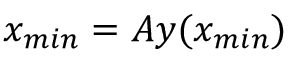
x _ { m i n } = A y ( x _ { m i n } )